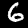
Label: 6